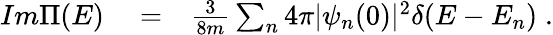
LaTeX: \begin{array}{rlr}{Im\Pi(E)}&{{}=}&{\frac{3}{8m}\sum_{n}4\pi|\psi_{n}(0)|^{2}\delta(E-E_{n})\; .}\end{array}